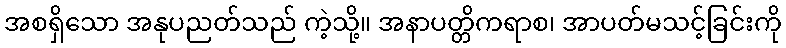
အစရှိသော အနုပညတ်သည် ကဲ့သို့။ အနာပတ္တိကရာစ၊ အာပတ်မသင့်ခြင်းကို